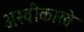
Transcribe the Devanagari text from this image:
अस्‍वीकारते